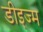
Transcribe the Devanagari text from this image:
डीइज्म